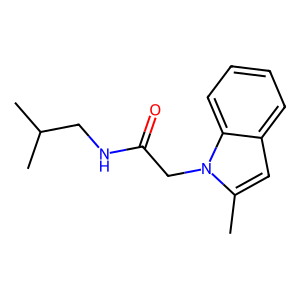
SMILES: Cc1cc2ccccc2n1CC(=O)NCC(C)C
Inhibits HIV replication: No